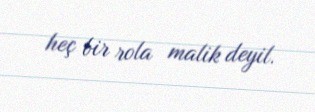
heç bir rola malik deyil.